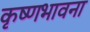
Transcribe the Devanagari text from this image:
कृष्णभावना